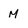
Character: M